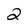
Character: 2